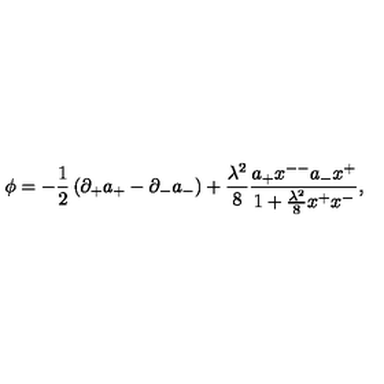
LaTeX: \phi = - { \frac { 1 } { 2 } } \left( \partial _ { + } a _ { + } - \partial _ { - } a _ { - } \right) + { \frac { \lambda ^ { 2 } } { 8 } } { \frac { a _ { + } x ^ { -- } a _ { - } x ^ { + } } { 1 + { \frac { \lambda ^ { 2 } } { 8 } } x ^ { + } x ^ { - } } } ,